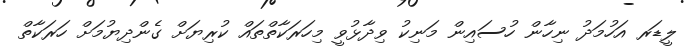
ލީޑަރ އަހުމަދު ނިހާން ހުސައިން މަނިކު ވިދާޅުވީ މިހަރަކާތްތައް ކުރިޔަށް ގެންދިޔުމަށް ހަރަކާތް